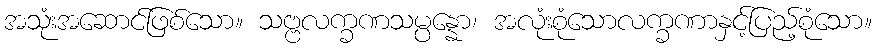
အသုံးအဆောင်ဖြစ်သော။ သဗ္ဗလက္ခဏသမ္ပန္နော၊ အလုံးစုံသောလက္ခဏာနှင့်ပြည့်စုံသော။